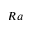
R a